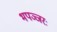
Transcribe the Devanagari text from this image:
भपञ्जरः